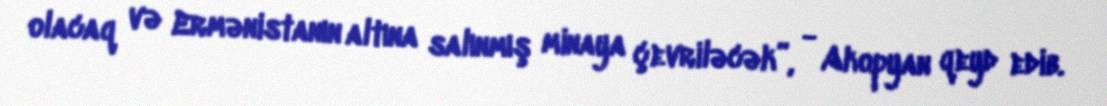
olacaq və Ermənistanın altına salınmış minaya çevriləcək”, - Akopyan qeyd edib.